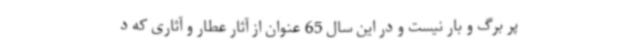
پر برگ و بار نیست و در این سال 65 عنوان از آثار عطار و آثاری که د